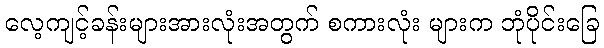
လေ့ကျင့်ခန်းများအားလုံးအတွက် စကားလုံး များက ဘုံပိုင်းခြေ